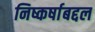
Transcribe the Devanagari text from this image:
निष्कर्षाबद्दल